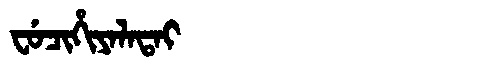
Manchu: ᠸᡠᠴᡳᡥᡳᠶᠠᠯᠠᡨᠠᡳ
Romanization: FUCIHIYALATAI